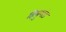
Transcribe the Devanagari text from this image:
हियुमंड